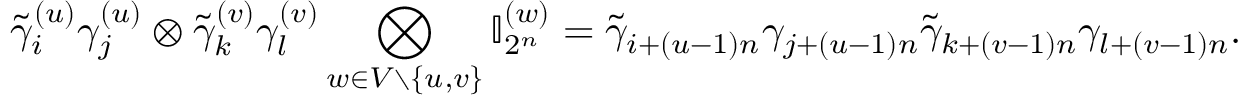
\widetilde { \gamma } _ { i } ^ { ( u ) } \gamma _ { j } ^ { ( u ) } \otimes \widetilde { \gamma } _ { k } ^ { ( v ) } \gamma _ { l } ^ { ( v ) } \bigotimes _ { w \in V \setminus \{ u , v \} } \mathbb { I } _ { 2 ^ { n } } ^ { ( w ) } = \widetilde { \gamma } _ { i + ( u - 1 ) n } \gamma _ { j + ( u - 1 ) n } \widetilde { \gamma } _ { k + ( v - 1 ) n } \gamma _ { l + ( v - 1 ) n } .